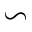
\backsim